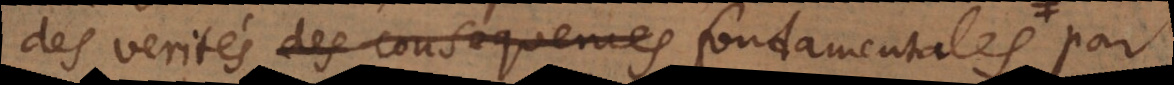
des verités des consequences fondamentales ou